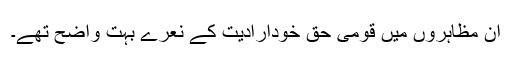
ان مظاہروں میں قومی حق خودارادیت کے نعرے بہت واضح تھے۔